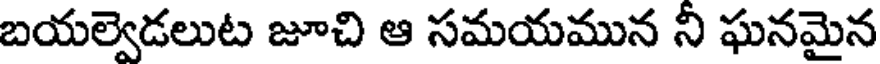
బయల్వెడలుట జూచి ఆ సమయమున ని ఘనమైన